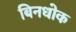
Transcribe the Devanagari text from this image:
बिनधोक